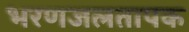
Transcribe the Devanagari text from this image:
भरणजलतापक